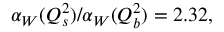
\alpha _ { W } ( Q _ { s } ^ { 2 } ) / \alpha _ { W } ( Q _ { b } ^ { 2 } ) = 2 . 3 2 ,